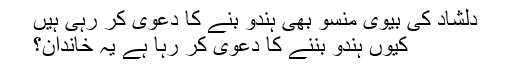
دلشاد کی بیوی منسو بھی ہندو بنے کا دعویٰ کر رہی ہیں
کیوں ہندو بننے کا دعویٰ کر رہا ہے یہ خاندان؟